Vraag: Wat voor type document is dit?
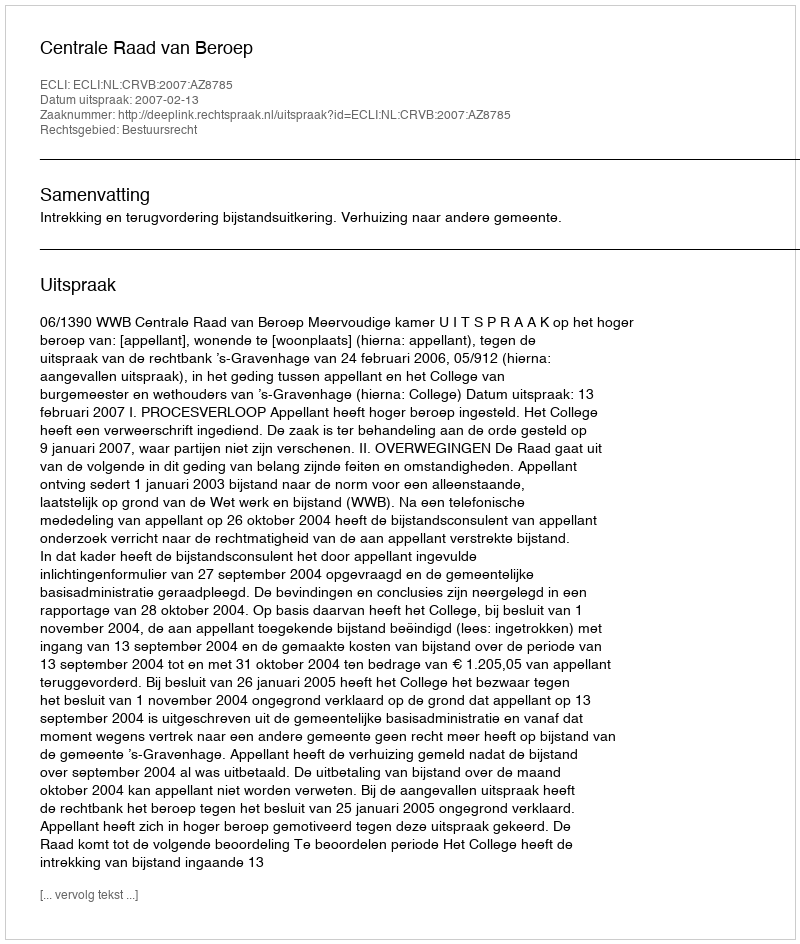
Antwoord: Uitspraak